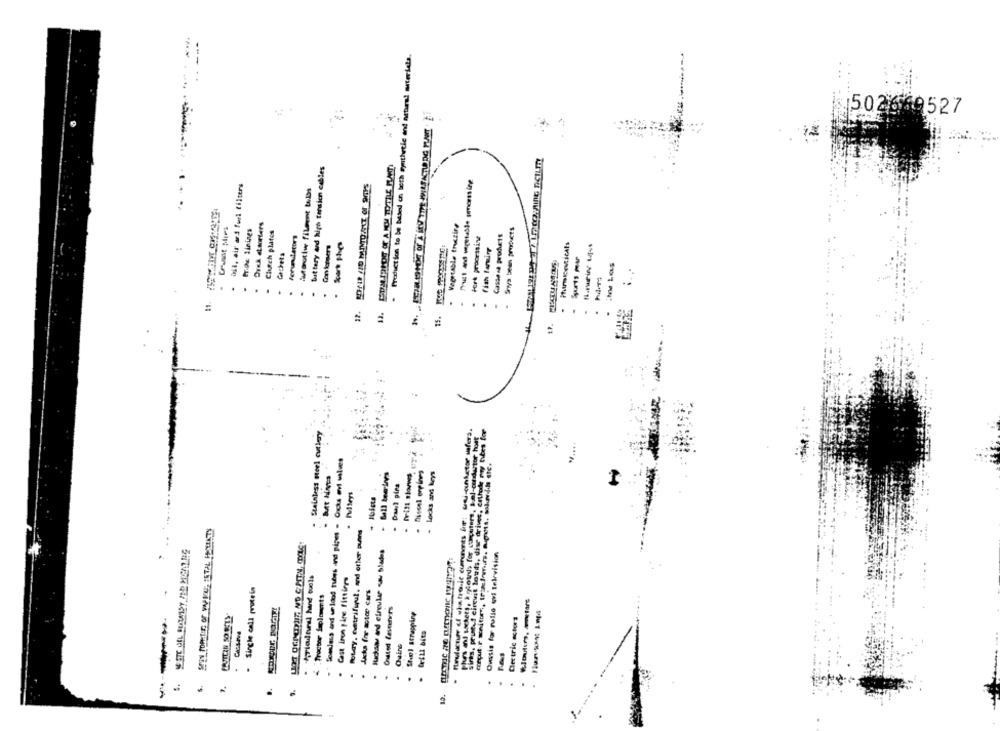
.. . ...
- Production to be based ch leth ømthetle and netural meterdels.
502649527
battery and high tension cables
oja, air and furl filters
Autorotiw fileont bulbs
Vegruble tizing
Soya bean products
Price: Ilnings
Clutch plates
Ferundators
Fort processing
Con komsers
fish tauing
Cachets
IMM LEES
.
.
.
.
.
11.
.
.
-
siras, prustet cirevit louds, dise driver, erthude ray tubes for
Stainless steel cutlery
N-ourdastor host
Drill storws
Diesel engines
Locks and keys
Phes and sockets, kylowd> for carputers, sal-curd
Drawvl pies
WIN FORMIE OF WWIIG, FETAL PELLETS
Rotary. Gatrifwul, and other aunns
lucas and circular sav blades
Oussis for rallo ovi television
Cast iron pipee Fittings
- Single call protein
Jacks for motor cars
Tractor Implements
Costed fastervers
Steel strapping
Dectric stors
Cassava
Gains
. .
13.